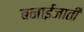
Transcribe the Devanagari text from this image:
बनाईजाती